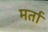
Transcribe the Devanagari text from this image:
मर्ता